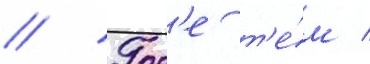
// Гор'е т'е́м /